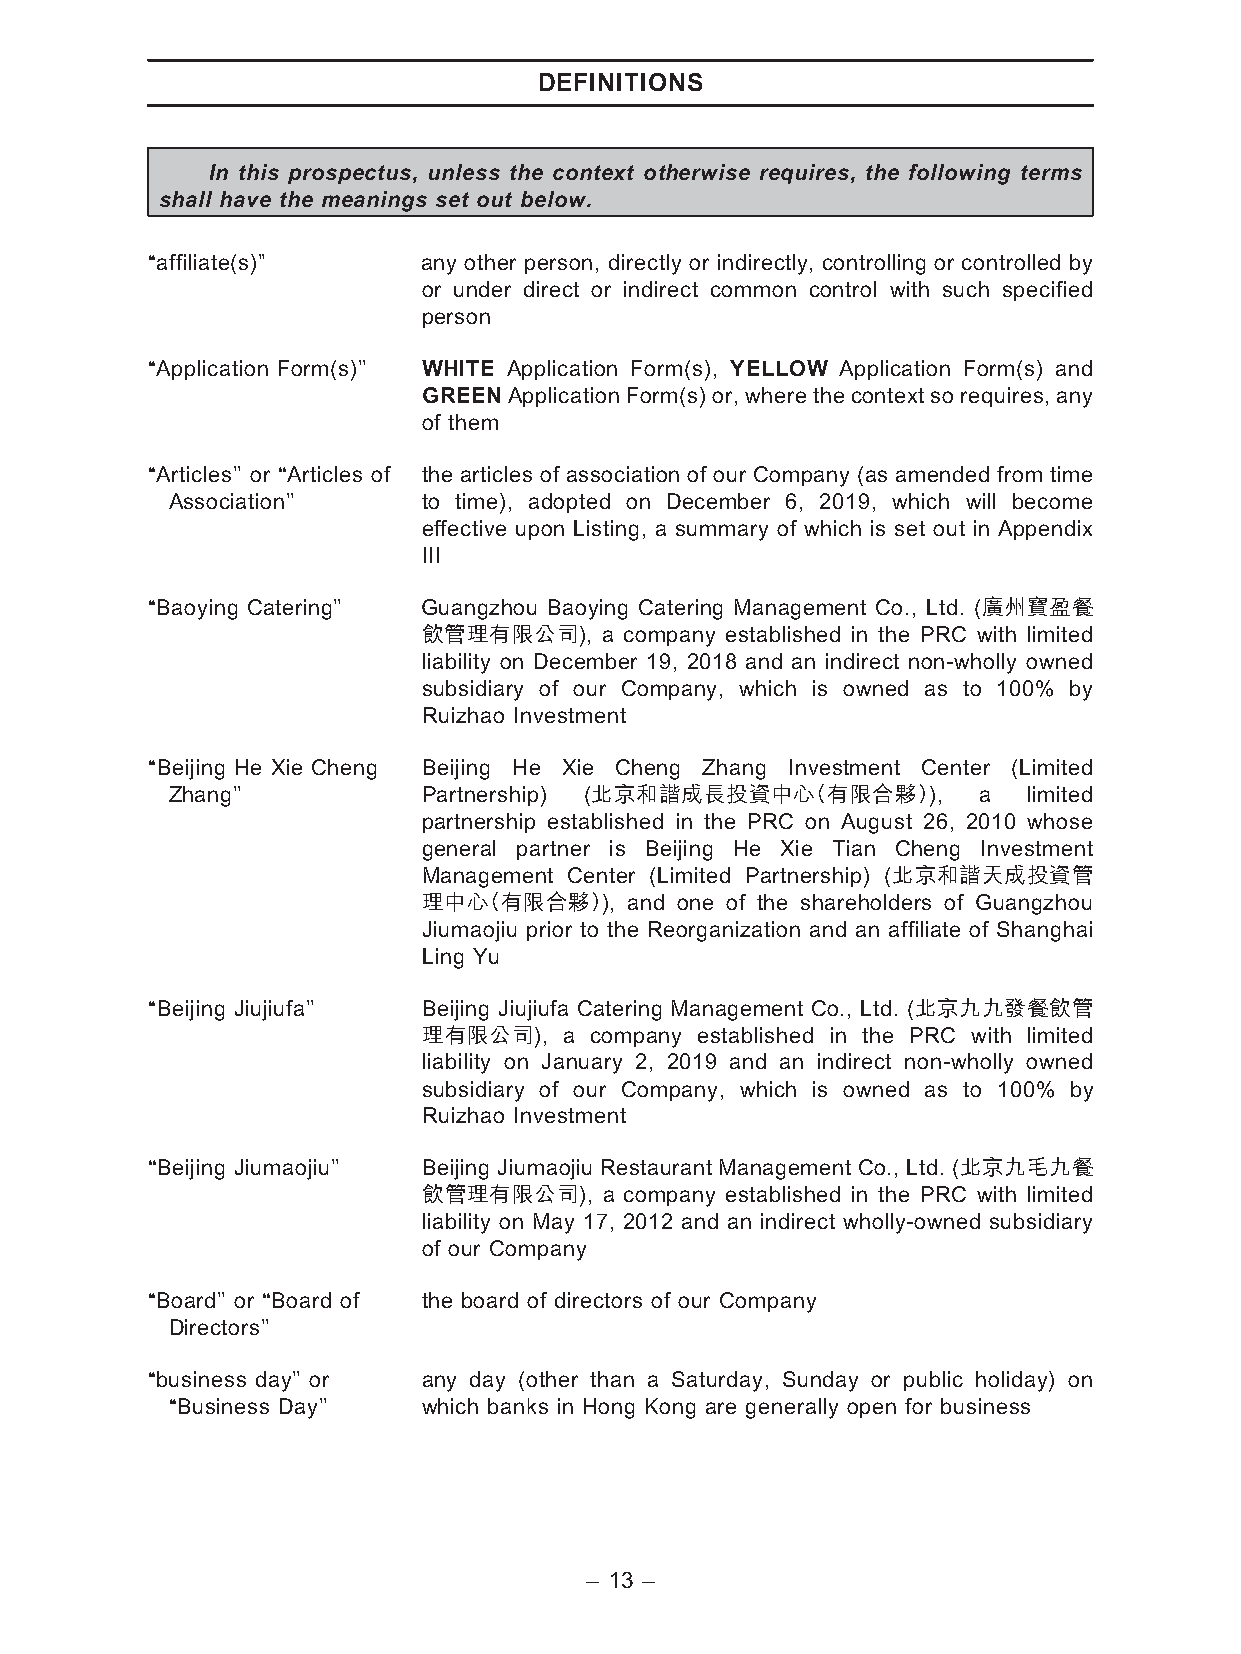
DEFINITIONS
 In this prospectus, unless the context otherwise requires, the following terms
 shall have the meanings set out below.
 ‘‘affiliate(s)’’  any other person, directly or indirectly, controlling or controlled by
 or under direct or indirect common control with such specified
 person
 ‘‘Application Form(s)’’ WHITE Application Form(s), YELLOW Application Form(s) and
 GREENApplicationForm(s)or,wherethecontextsorequires,any
 of them
 ‘‘Articles’’ or ‘‘Articles of the articles of association of our Company (as amended from time
 Association’’    to time), adopted on December 6, 2019, which will become
 effective upon Listing, a summary of which is set out in Appendix
 III
 ‘‘Baoying Catering’’ Guangzhou Baoying Catering Management Co., Ltd. (廣州寶盈餐
 飲管理有限公司),   a company established in the PRC with limited
 liability on December 19, 2018 and an indirect non-wholly owned
 subsidiary of our Company, which is owned as to 100% by
 Ruizhao Investment
 ‘‘Beijing He Xie Cheng Beijing He Xie Cheng Zhang Investment Center (Limited
 Zhang’’          Partnership) (北京和諧成長投資中心（有限合夥）),     a  limited
 partnership established in the PRC on August 26, 2010 whose
 general partner is Beijing He Xie Tian Cheng Investment
 Management Center (Limited Partnership) (北京和諧天成投資管
 理中心（有限合夥）),   and one of the shareholders of Guangzhou
 Jiumaojiu prior to the Reorganization and an affiliate of Shanghai
 Ling Yu
 ‘‘Beijing Jiujiufa’’ Beijing Jiujiufa Catering Management Co., Ltd. (北京九九發餐飲管
 理有限公司),  a company established in the PRC with limited
 liability on January 2, 2019 and an indirect non-wholly owned
 subsidiary of our Company, which is owned as to 100% by
 Ruizhao Investment
 ‘‘Beijing Jiumaojiu’’ Beijing Jiumaojiu Restaurant Management Co., Ltd. (北京九毛九餐
 飲管理有限公司),   a company established in the PRC with limited
 liability on May 17, 2012 and an indirect wholly-owned subsidiary
 of our Company
 ‘‘Board’’ or ‘‘Board of the board of directors of our Company
 Directors’’
 ‘‘business day’’ or any day (other than a Saturday, Sunday or public holiday) on
 ‘‘Business Day’’ which banks in Hong Kong are generally open for business
 – 13 –